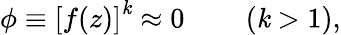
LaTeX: \phi\equiv\left[f(z)\right]^{\mathit{k}}\approx0\qquad\left(\mathit{k}>1\right),